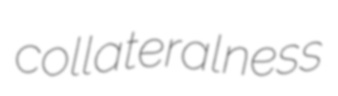
collateralness